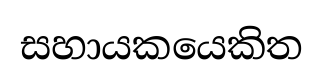
සහායකයෙකිත